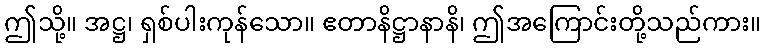
ဤသို့။ အဋ္ဌ၊ ရှစ်ပါးကုန်သော။ ဧတာနိဋ္ဌာနာနိ၊ ဤအကြောင်းတို့သည်ကား။